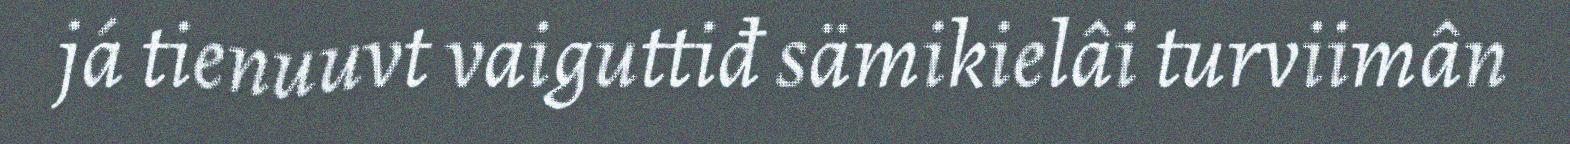
já tienuuvt vaiguttiđ sämikielâi turviimân